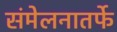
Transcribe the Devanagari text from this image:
संमेलनातर्फे